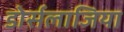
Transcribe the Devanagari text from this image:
डोर्सलाजिया